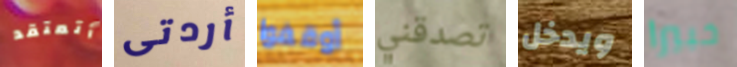
أتعتقد أردتى أوقفوا تصدقني ويدخل خبيرا